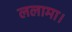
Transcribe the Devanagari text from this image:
ललामा।